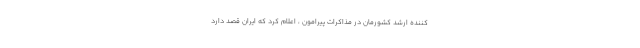
‌کننده ارشد کشورمان در مذاکرات پیرامون ، اعلام کرد که ایران قصد دارد